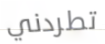
تطردني